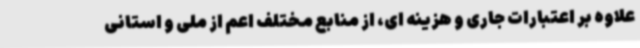
علاوه بر اعتبارات جاری و هزینه ای، از منابع مختلف اعم از ملی و استانی